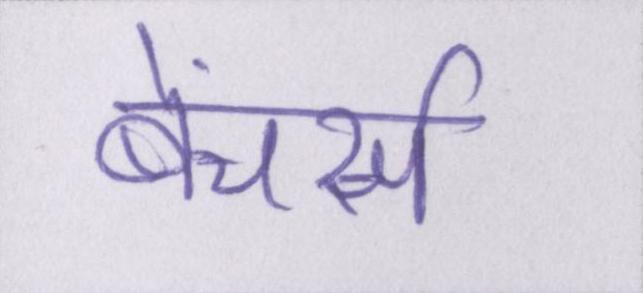
बेंचर्स